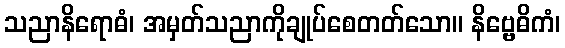
သညာနိရောဓံ၊ အမှတ်သညာကိုချုပ်စေတတ်သော။ နိဗ္ဗေဓိကံ၊